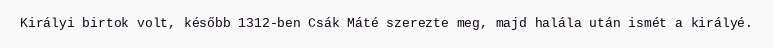
Királyi birtok volt, később 1312-ben Csák Máté szerezte meg, majd halála után ismét a királyé.